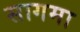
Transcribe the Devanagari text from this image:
सागमा